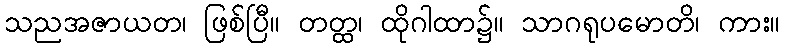
သညအဇာယတ၊ ဖြစ်ပြီ။ တတ္ထ၊ ထိုဂါထာ၌။ သာဂရုပမောတိ၊ ကား။